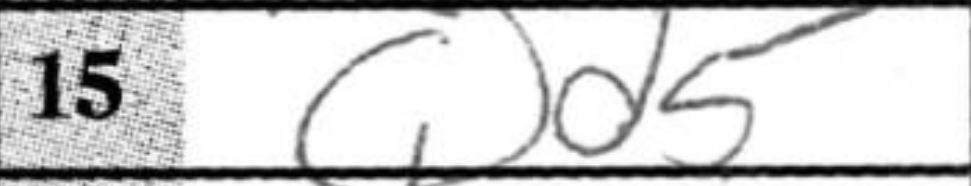
Transcription: Qd5